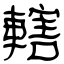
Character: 轄